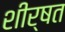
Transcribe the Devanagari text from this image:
शीर्षत